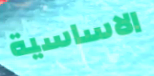
الاساسية